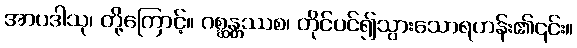
အာပဒါသု၊ တို့ကြောင့်။ ဂစ္ဆန္တ္တဿစ၊ တိုင်ပင်၍သွားသောရဟန်း၏၎င်း။